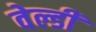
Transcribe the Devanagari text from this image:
वेल्डी